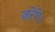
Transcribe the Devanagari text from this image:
जरेंगे।